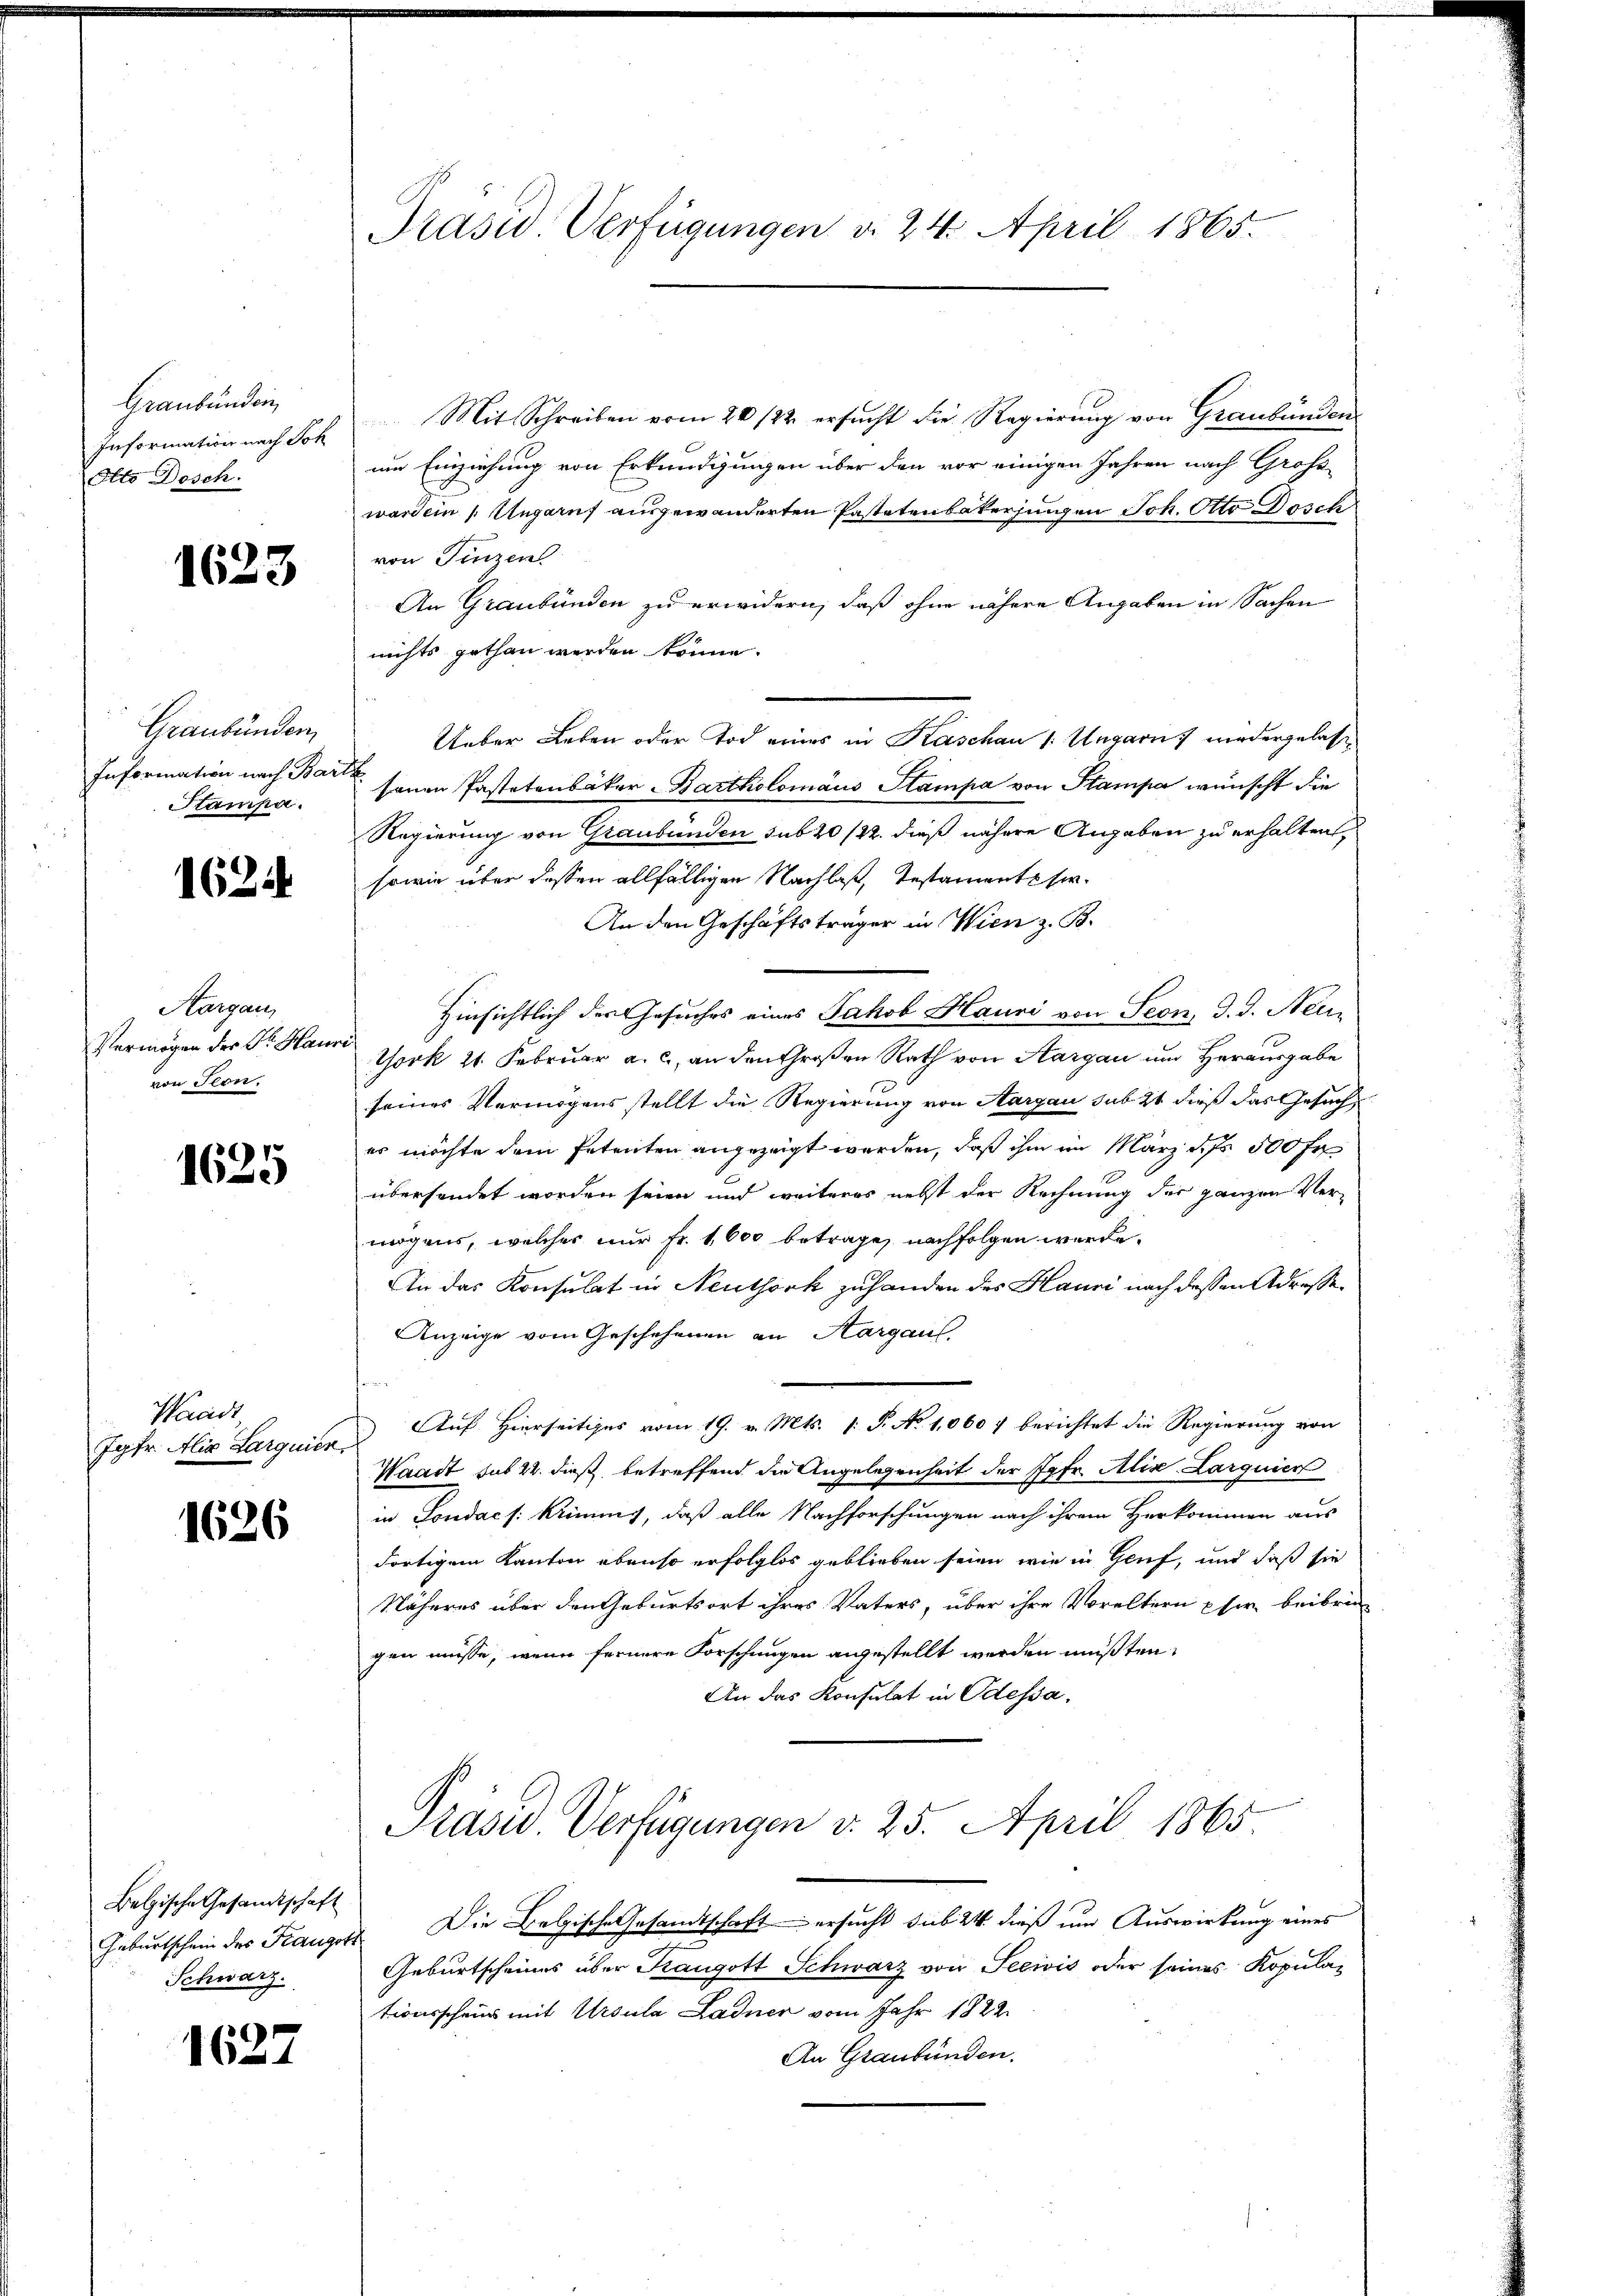
Graubünden
Information nach Soh
Otto Dosch.

1623

Graubünden
Information nach Bar
Stampa.

1624

Aargau,
Vermögen der Dr. Hau
von Ton.

1625

Wacidt
Jgfr. Alig Larquien

1626

Belgische Gesandtschaft
Geburtschein der Kangott
Schwarz.

1627

Präsid. Verfügungen d. 24. April 1865.

Mit Schreiben vom 20/22. ersucht die Regierung von Graubünden
um Einziehung von Erkundigungen über den vor einigen Jahren nach Gross-
werden Ungaruf ausgewanderten Pastetenbakerfungen Joh. Otto Dosch
von Finzen
An Graubünden zu erwidern, daß ohne nähere Angaben in Sachen
nichts gethan werden könne.
Ueber Leben oder Tod eines in Kaschau 1: Ungarns wiedergelas
sanen Pastetenbäker Bartholomäus Stampa von Stampa wünscht die
Regierung von Graubünden sub 20/22. dieß nähere Angaben zu erhalten,
sowie über dessen allfälligen Nachlas, Testamentser¬
An den Geschäftsträger in Wien z. B.
Hinsichtlich der Gesuches eines Jakob Hausi von Seon, d. J. Neu¬
York 21. Februar a. c., an den Großen Rath von Aargau und Herausgabe
seines Vermögensstellt die Regierung von Aargau sub 21 dieß das Gesuch
es möchte dem Petenten angezeigt werden, daß ihm im März des 500 fr
übersendet worden seien und weiteres nebst der Rechnung der ganzen Vermögens, welches nur Fr. 1600 betrage, nachfolgen werde.
An das Konsulat in Neuthork zuhanden des Hauri nach dessen Adresse¬
Anzeige vom Geschehenen an Hargaus,
Auf Hierseitiges vom 19. v. Mts. 1. P. No 1,000 f berichtet die Regierung von
Waadt sub 22. dieß, betreffend die Angelegenheit der Jgfr. Alix. Larguier
in Londach: Kriming, daß alle Nachforschungen nach ihrem Herkommen aus
dortigem Kanton ebenso erfolglos geblieben seien, wie in Genf, und daß sie
Näheres über den Geburtsort ihres Vaters, über ihre Voreltern Eher beibren
gen müsse, wenn fernere Forschungen angestellt werden müßten,
An das Konsulat in Odessa.

Präsid Verfügungen v. 25. April 1865.

Die Belgische Gesandtschaft ersucht sub 24 dieß um Auswirkung eines
Geburtscheines über Kangott Schwarz von Seewis oder seines Kopulationsschein mit Ursula Ladner vom Jahr 1822.
An Graubünden.